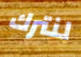
لنترك